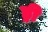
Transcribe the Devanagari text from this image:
ड्री